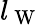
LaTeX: l_{\mathrm{~W~}}